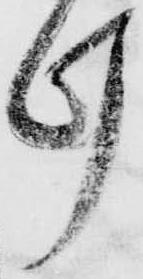
け